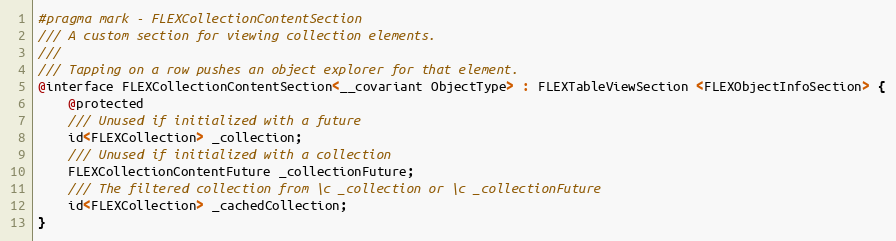
Language: C
#pragma mark - FLEXCollectionContentSection
/// A custom section for viewing collection elements.
///
/// Tapping on a row pushes an object explorer for that element.
@interface FLEXCollectionContentSection<__covariant ObjectType> : FLEXTableViewSection <FLEXObjectInfoSection> {
    @protected
    /// Unused if initialized with a future
    id<FLEXCollection> _collection;
    /// Unused if initialized with a collection
    FLEXCollectionContentFuture _collectionFuture;
    /// The filtered collection from \c _collection or \c _collectionFuture
    id<FLEXCollection> _cachedCollection;
}